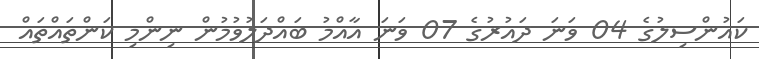
ކައުންސިލުގެ 04 ވަނަ ދައުރުގެ 07 ވަނަ އާއްމު ބައްދަލުވުމުން ނިންމި ކަންތައްތައް